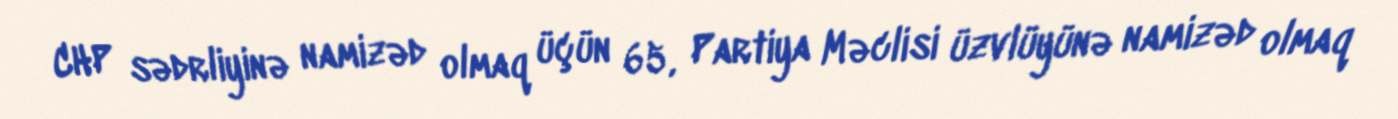
CHP sədrliyinə namizəd olmaq üçün 65, Partiya Məclisi üzvlüyünə namizəd olmaq